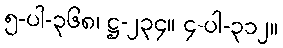
၅-ပါ-၃၆၈၊ ဋ္ဌ-၂၃၄။ ၄-ပါ-၃၁၂။